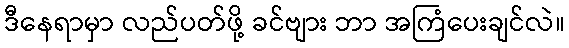
ဒီနေရာမှာ လည်ပတ်ဖို့ ခင်ဗျား ဘာ အကြံပေးချင်လဲ။